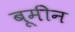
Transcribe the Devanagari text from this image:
बूमीन